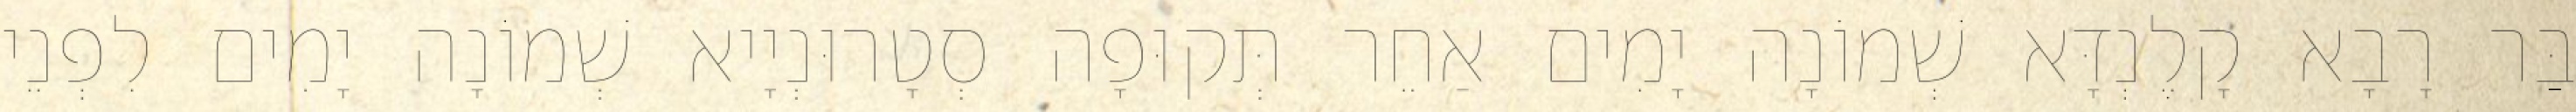
בַּר רָבָא קָלֶנְדָּא שְׁמוֹנָה יָמִים אַחֵר תְּקוּפָה סְטָרוּנְיָיא שְׁמוֹנָה יָמִים לִפְנֵי